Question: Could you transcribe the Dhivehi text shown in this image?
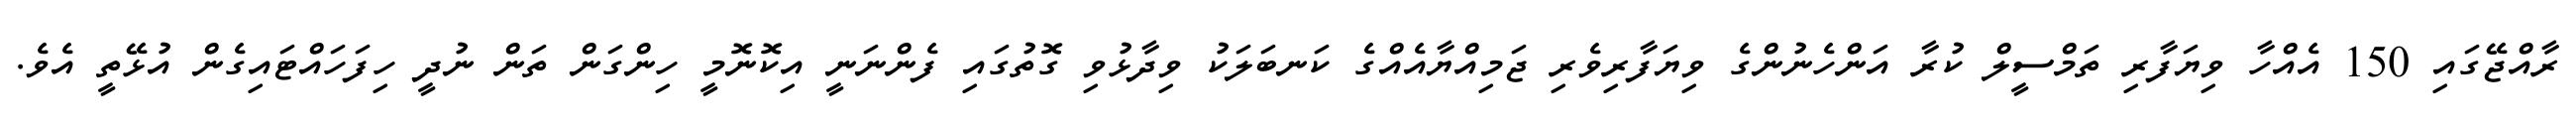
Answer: ރާއްޖޭގައި 150 އެއްހާ ވިޔަފާރި ތަމްސީލް ކުރާ އަންހެނުންގެ ވިޔަފާރިވެރި ޖަމިއްޔާއެއްގެ ކަނބަލަކު ވިދާޅުވި ގޮތުގައި ފެންނަނީ އިކޮނޮމީ ހިންގަން ތަން ނުދީ ހިފަހައްޓައިގެން އުޅޭތީ އެވެ.